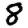
Digit: 8